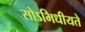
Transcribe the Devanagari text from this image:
सोऽभिधीयते